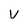
Character: V